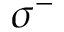
\sigma ^ { - }